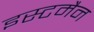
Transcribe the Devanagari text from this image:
इस्टमैन